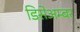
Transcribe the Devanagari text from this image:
डिसेअम्बर